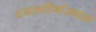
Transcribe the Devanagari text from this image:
धवलतीर्थाजवळ